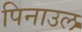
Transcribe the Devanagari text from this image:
पिनाउल